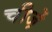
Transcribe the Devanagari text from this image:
चीजे़ं